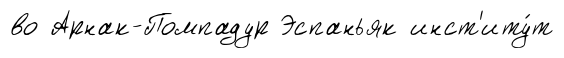
во Арнак-Помпадур Эспаньяк инст'иту́т